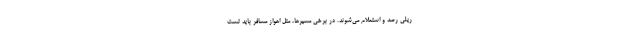
ریلی رصد و استعلام می‌شوند. در برخی مسیرها، مثل اهواز مسافر باید تست